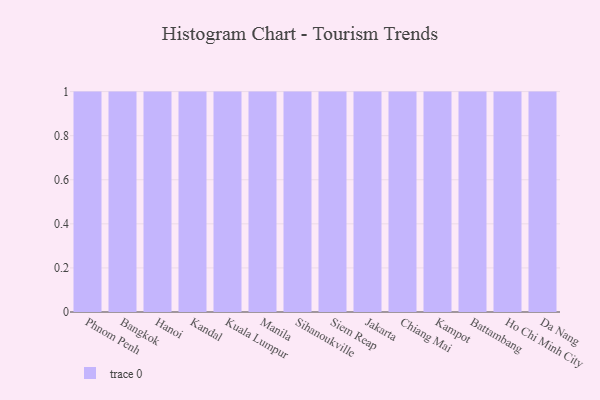
{"axis": {"x": "City", "y": "Inventory Turnover"}, "legend": [""], "data": [{"x": "Phnom Penh", "y": 70, "type": ""}, {"x": "Bangkok", "y": 3, "type": ""}, {"x": "Hanoi", "y": 28, "type": ""}, {"x": "Kandal", "y": 14, "type": ""}, {"x": "Kuala Lumpur", "y": 22, "type": ""}, {"x": "Manila", "y": 57, "type": ""}, {"x": "Sihanoukville", "y": 24, "type": ""}, {"x": "Siem Reap", "y": 26, "type": ""}, {"x": "Jakarta", "y": 91, "type": ""}, {"x": "Chiang Mai", "y": 53, "type": ""}, {"x": "Kampot", "y": 39, "type": ""}, {"x": "Battambang", "y": 11, "type": ""}, {"x": "Ho Chi Minh City", "y": 73, "type": ""}, {"x": "Da Nang", "y": 41, "type": ""}]}